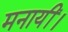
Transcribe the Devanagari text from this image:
मनायीं।